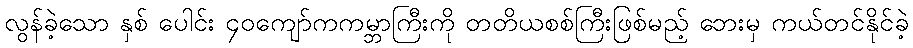
လွန်ခဲ့သော နှစ် ပေါင်း ၄၀ကျော်ကကမ္ဘာကြီးကို တတိယစစ်ကြီးဖြစ်မည့် ဘေးမှ ကယ်တင်နိုင်ခဲ့